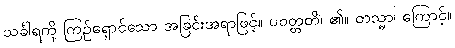
သင်္ခါရကို ကြဉ်ရှောင်သော အခြင်းအရာဖြင့်။ ပဝတ္တတိ၊ ၏။ တသ္မာ၊ ကြောင့်။